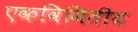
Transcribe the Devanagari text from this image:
एकविमितीय